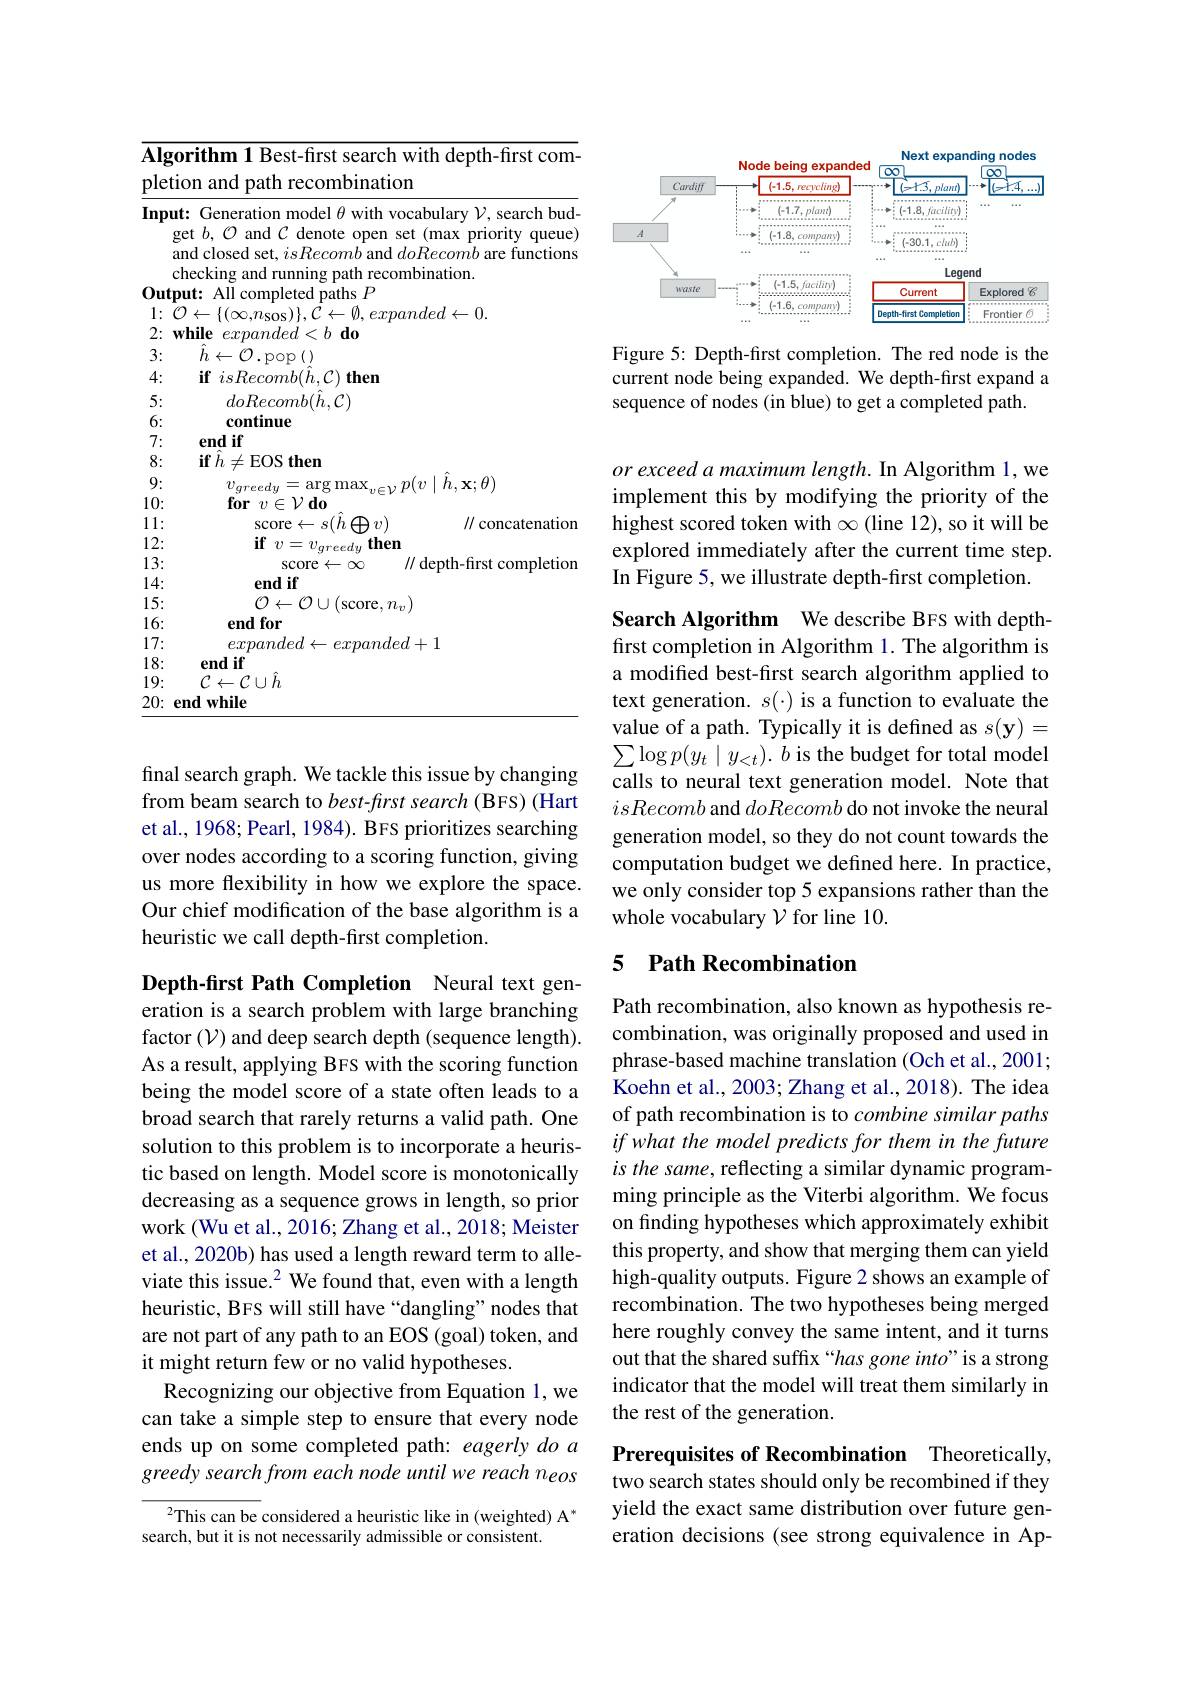
$\overline{\textbf{Algorithm 1 Best-first search with depth-first com-}}$
pletion and path recombination
Input: Generation model $\theta$ with vocabulary $\mathcal{V}$, search bud-
get $b,\mathcal{O}$ and $\mathcal{C}$ denote open set (max priority queue) and closed set, isRecomb and $do\dot{R}ecomb$ are functions checking and running path recombination.
Output: AII completed paths $P$
$1: \mathcal{O} \leftarrow \{ ( \infty , n_{\mathrm{Sos}}) \} , \mathcal{C} \leftarrow \emptyset , expanded\leftarrow 0.$
$2: \textbf{while}expanded< b\textbf{do}$
3:
$\hat{h}\leftarrow\bar{\mathcal{O}}.$pop$\left(\right)$
4:
$\textbf{if}isRecomb( \hat{h} , \mathcal{C} )$then
5:
$doRecomb(\hat{h},\mathcal{C})$
6:
continue
7:
end if
8:
${\mathbf{if}\hat{h}\neq\mathbf{EOS}}$ then
9:
$\begin{array}{l}{v_{greedy}=\arg\max_{v\in\mathcal{V}}p(v\mid\hat{h},\mathbf{x};\theta)}\\{\textbf{for}~v\in\mathcal{V}~\textbf{do}}\end{array}$
10:
// concatenation
11:
$\operatorname{score}\leftarrow s(\hat{h}\oplus v)$
12:
$\textbf{if}v= v_{greedy}$then
13:
score$\leftarrow\infty$
// depth-first completion
14:
end if
15:
$\mathcal{O}\leftarrow\mathcal{O}\cup($score$,n_v)$
16:
end for
17:
$expanded\leftarrow expanded+1$
18:
end if
19:
${\mathcal{C}\leftarrow\mathcal{C}}\cup\hat{h}$
$20: \textbf{end while}$

final search graph. We tackle this issue by changing from beam search to $best-first$ search (BFS) (Hart et al., 1968; Pearl, 1984). BFS prioritizes searching over nodes according to a scoring function, giving us more flexibility in how we explore the space. Our chief modification of the base algorithm is a heuristic we call depth-first completion.

Depth-first Path Completion Neural text generation is a search problem with large branching factor (V) and deep search depth (sequence length). As a result, applying BFS with the scoring function being the model score of a state often leads to a broad search that rarely returns a valid path. One solution to this problem is to incorporate a heuristic based on length. Model score is monotonically decreasing as a sequence grows in length, so prior work (Wu et al., 2016; Zhang et al., 2018; Meister et al., 2020b) has used a length reward term to alleviate this issue.$^{2}$ We found that, even with a length heuristic, BFS will still have“dangling”nodes that are not part of any path to an EOS (goal) token, and it might return few or no valid hypotheses.
Recognizing our objective from Equation 1, we can take a simple step to ensure that every node ends up on some completed path: eagerly do a greedy search from each node until we reach neos

$^2$This can be considered a heuristic like in (weighted) A$^*$
search, but it is not necessarily admissible or consistent.

<FigureHere>

Figure 5: Depth-first completion. The red node is the current node being expanded. We depth-first expand a sequence of nodes (in blue) to get a completed path.

orexceeda maximum length. In Algorithm 1, we implement this by modifying the priority of the highest scored token with $\infty$ (line 12), so it will be explored immediately after the current time step. In Figure 5, we illustrate depth-first completion.

Search Algorithm We describe BFS with depthfirst completion in Algorithm 1. The algorithm is a modified best-first search algorithm applied to text generation. $s(\cdot)$ is a function to evaluate the value of a path. Typically it is defined as $s(\mathbf{y})=$ $\sum\log p(y_{t}\mid y_{<t}).\dot{b\text{ is the budget for total model}}$ calls to neural text generation model. Note that isRecomb and doRecomb do not invoke the neural generation model, so they do not count towards the computation budget we defined here. In practice, we only consider top 5 expansions rather than the whole vocabulary $\mathcal{V}$ for line 10.

## 5 Path Recombination

Path recombination, also known as hypothesis recombination, was originally proposed and used in phrase-based machine translation (Och et al., 2001; Koehn et al., 2003; Zhang et al., 2018). The idea of path recombination is to combine similar paths if what the model predicts for them in the future is the same, reflecting a similar dynamic programming principle as the Viterbi algorithm. We focus on finding hypotheses which approximately exhibit this property, and show that merging them can yield high-quality outputs. Figure 2 shows an example of recombination. The two hypotheses being merged here roughly convey the same intent, and it turns out that the shared suffix “has gone into”is a strong indicator that the model will treat them similarly in the rest of the generation.

Prerequisites of Recombination Theoretically, two search states should only be recombined if they yield the exact same distribution over future generation decisions (see strong equivalence in Ap-